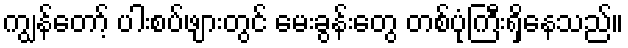
ကျွန်တော့် ပါးစပ်ဖျားတွင် မေးခွန်းတွေ တစ်ပုံကြီးရှိနေသည်။